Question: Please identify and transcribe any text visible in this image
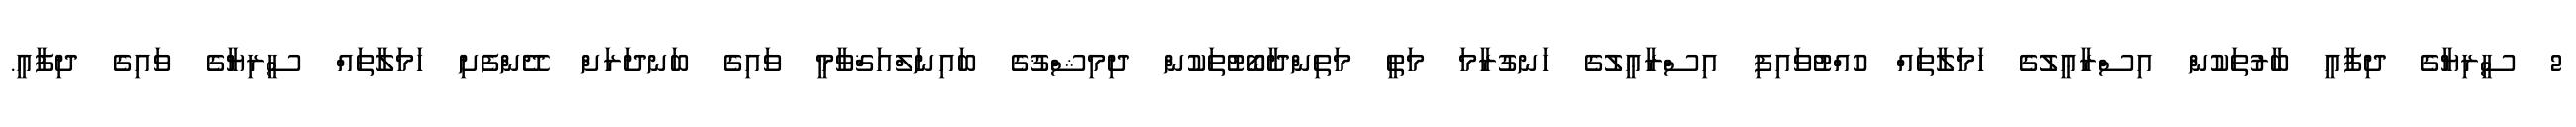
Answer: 2 ސީރިޔާގެ ދިފާއީ ބާރުތަކުން އިސްރާޢީލުގެ ހަމަލާތައް ހުއްޓުވައިފި އިސްރާޢީލުގެ ހަނގުރާމަ މަތީ މަތިންދާބޯޓުތަކުން ދިމިޝްޤުގެ ބައިނަލްއަޤްވާމީ ވައިގެ ބަނދަރަށް ދޭންފެށި ހަމަލާތައް ސީރިޔާގެ ވައިގެ ދިފާއީ.